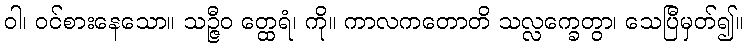
ဝါ၊ ဝင်စားနေသော။ သဉ္ဇီဝ တ္ထေရံ၊ ကို။ ကာလကတောတိ သလ္လက္ခေတွာ၊ သေပြီမှတ်၍။